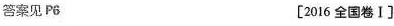
答案见P6 [2016全国卷I ]